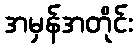
အမှန်အတိုင်း